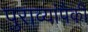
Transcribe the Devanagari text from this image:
पुराव्यांपैकी